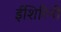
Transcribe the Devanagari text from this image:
ईशिरिनी